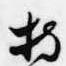
持